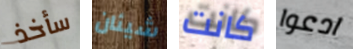
سأخذ شيئان كانت ادعوا